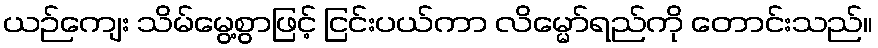
ယဉ်ကျေး သိမ်မွေ့စွာဖြင့် ငြင်းပယ်ကာ လိမ္မော်ရည်ကို တောင်းသည်။